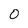
Character: O